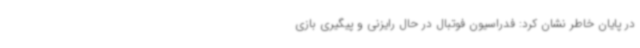
در پایان خاطر نشان کرد: فدراسیون فوتبال در حال رایزنی و پیگیری بازی